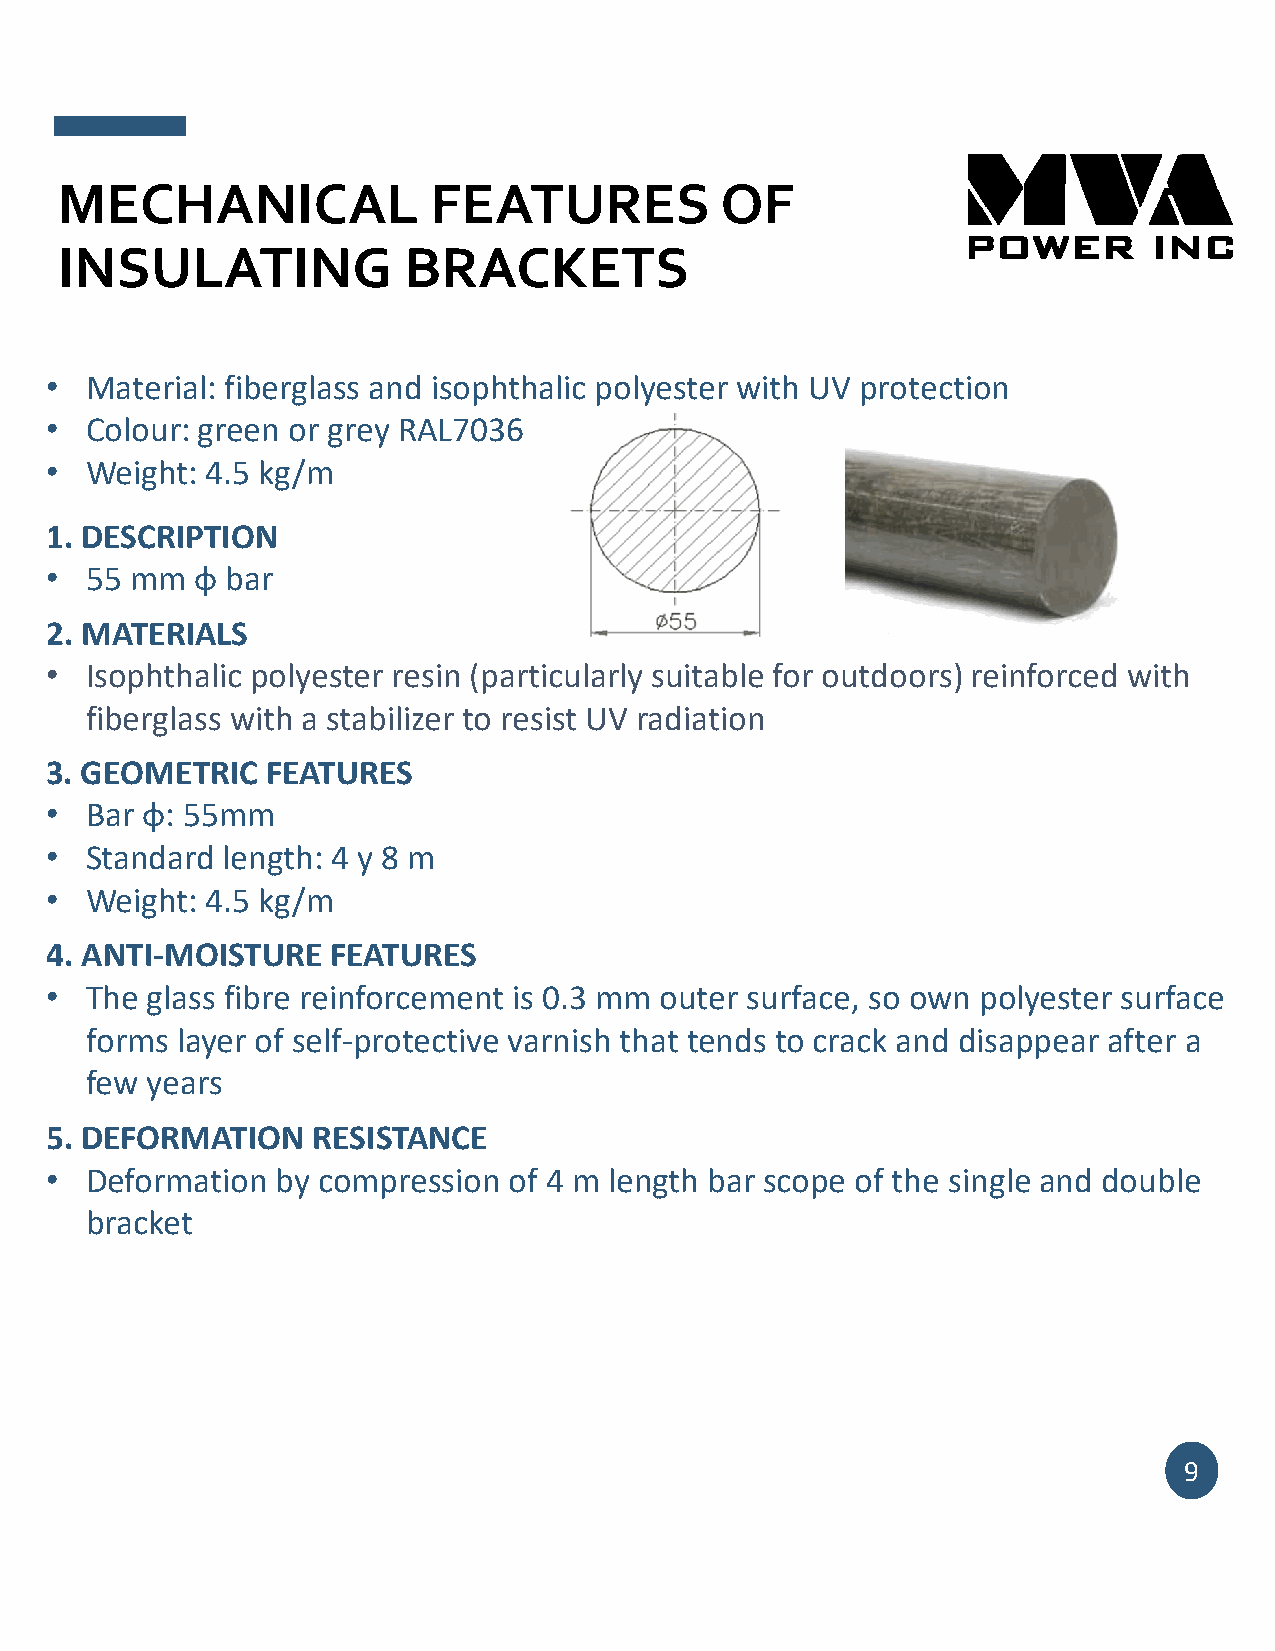
MECHANICAL               FEATURES           OF
 INSULATING             BRACKETS
 •  Material: fiberglass and isophthalic polyester with UV protection
 •  Colour: green or grey RAL7036
 •  Weight: 4.5 kg/m
 1. DESCRIPTION
 •  55 mm  φ bar
 2. MATERIALS
 •  Isophthalic polyester resin (particularly suitable for outdoors) reinforced with
 fiberglass with a stabilizer to resist UV radiation
 3. GEOMETRIC   FEATURES
 •  Bar φ: 55mm
 •  Standard length: 4 y 8 m
 •  Weight: 4.5 kg/m
 4. ANTI‐MOISTURE   FEATURES
 •  The glass fibre reinforcement is 0.3 mm outer surface, so own polyester surface
 forms layer of self‐protective varnish that tends to crack and disappear after a
 few years
 5. DEFORMATION    RESISTANCE
 •  Deformation by compression  of 4 m length bar scope of the single and double
 bracket
 9